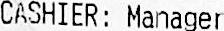
CASHIER: MANAGER